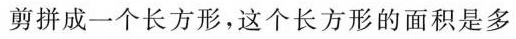
剪拼成一个长方形，这个长方形的面积是多